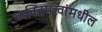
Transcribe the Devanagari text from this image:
व्यक्तिमत्त्वांमधील